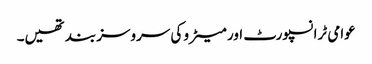
عوامی ٹرانسپورٹ اور میٹرو کی سروسز بند تھیں۔